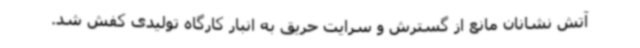
آتش نشانان مانع از گسترش و سرایت حریق به انبار کارگاه تولیدی کفش شد.